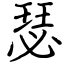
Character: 瑟